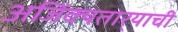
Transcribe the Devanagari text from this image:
अजिंक्‍यतार्‍याची